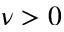
\nu > 0